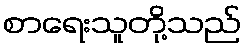
စာရေးသူတို့သည်